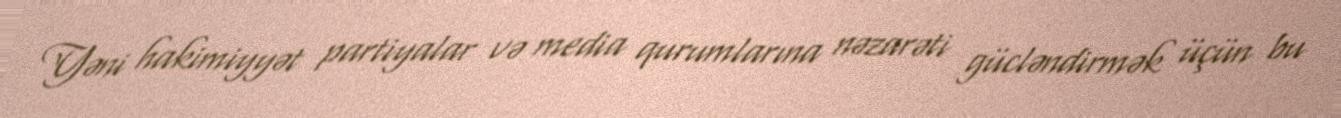
Yəni hakimiyyət partiyalar və media qurumlarına nəzarəti gücləndirmək üçün bu